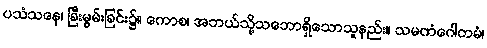
ပသံသနေ၊ ခြီးမွမ်းခြင်း၌။ ကောစ၊ အဘယ်သို့သဘောရှိသောသူနည်း။ သမဏံဂေါတမံ၊